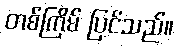
တစ်ကြိမ် ပြင်သည်။